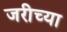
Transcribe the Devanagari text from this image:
जरीच्या